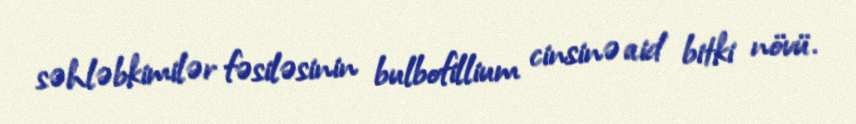
səhləbkimilər fəsiləsinin bulbofillium cinsinə aid bitki növü.